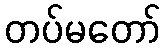
တပ်မတော်